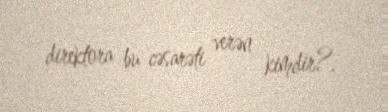
direktora bu cəsarəti verən kimdir?.